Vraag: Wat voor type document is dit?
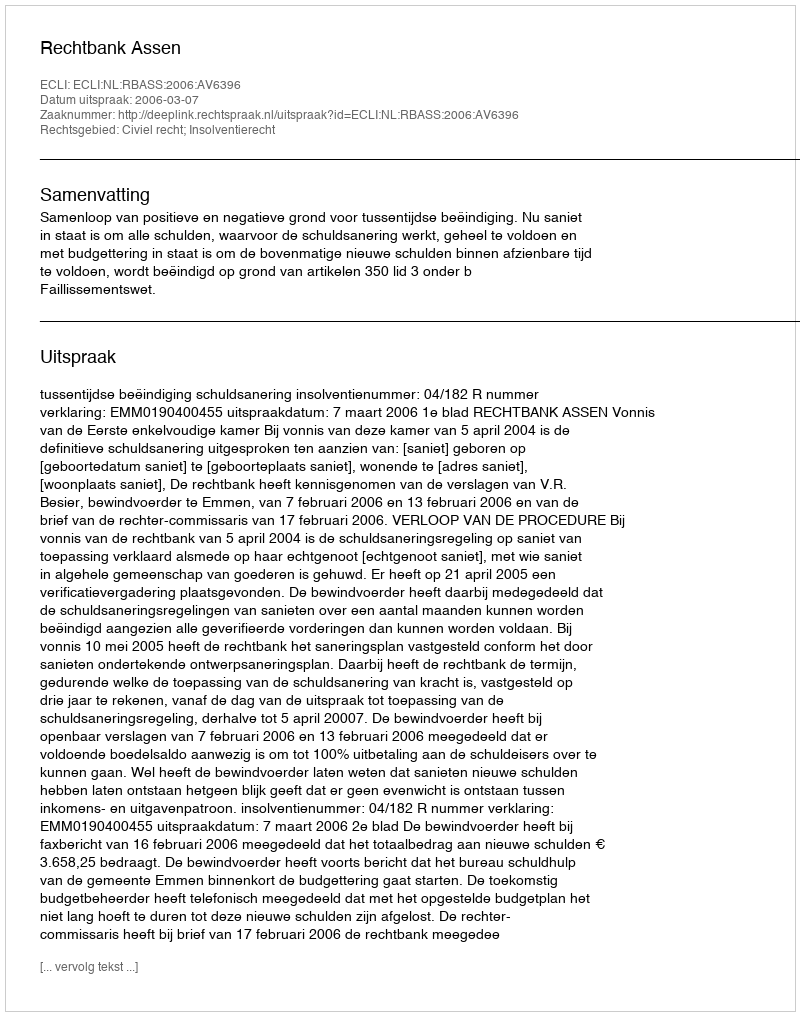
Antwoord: Uitspraak